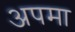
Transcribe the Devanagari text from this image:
अपमा